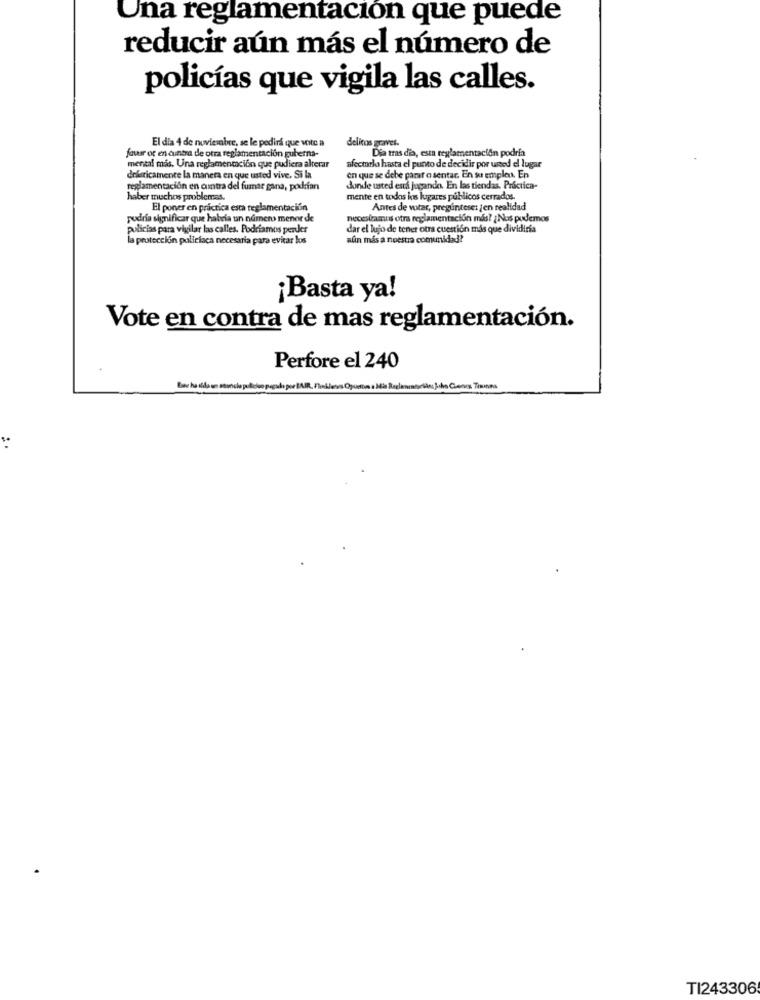
Una reglamentación que puede
reducir aún más el número de
policías que vigila las calles.
delitos graves-
El dia 4 de noviembre, se le pedirá que vote a
Dia tras dia, esta reglamentación podría
four or en cintra de otra reglamentación guberna-
mental mis. Una reglamentación que pudiera alterar
afectarla hasta el punto de decidir por unted el lugar
drásticamente la manera en que usted vive. Si la
en que se debe paraf o sentar. En su empleo. En
reglamentación en cintra del fumar gana, podrían
donde usted esci jugando. En las tiendas. Práctica-
haber muchos problemas.
mente en todos los lugares públicos cerrados.
El poner en práctica esta reglamentación
Antes de votar, preguntese: jen realidad
podría significar que habría un numero menor de
necesitamos otra reglamentación más? ¿ Nos podemos
policias para vigilar las calles. Podríamos perder
dar el lujo de tener otra cuestión más que dividiria
la protección policiaca necesaria para evitar los
afin más a nuestra comunidad?
¡Basta ya!
Vote en contra de mas reglamentación.
Perfore el 240
pagado por BAIR, Finálesos Ogusto a Mile Reclamoafrikas, Jako Cueros Tasona
TI243306